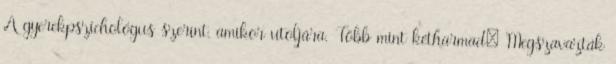
A gyerekpszichológus szerint, amikor utoljára. Több mint kétharmad: Megszavazták